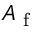
A _ { \textrm { f } }